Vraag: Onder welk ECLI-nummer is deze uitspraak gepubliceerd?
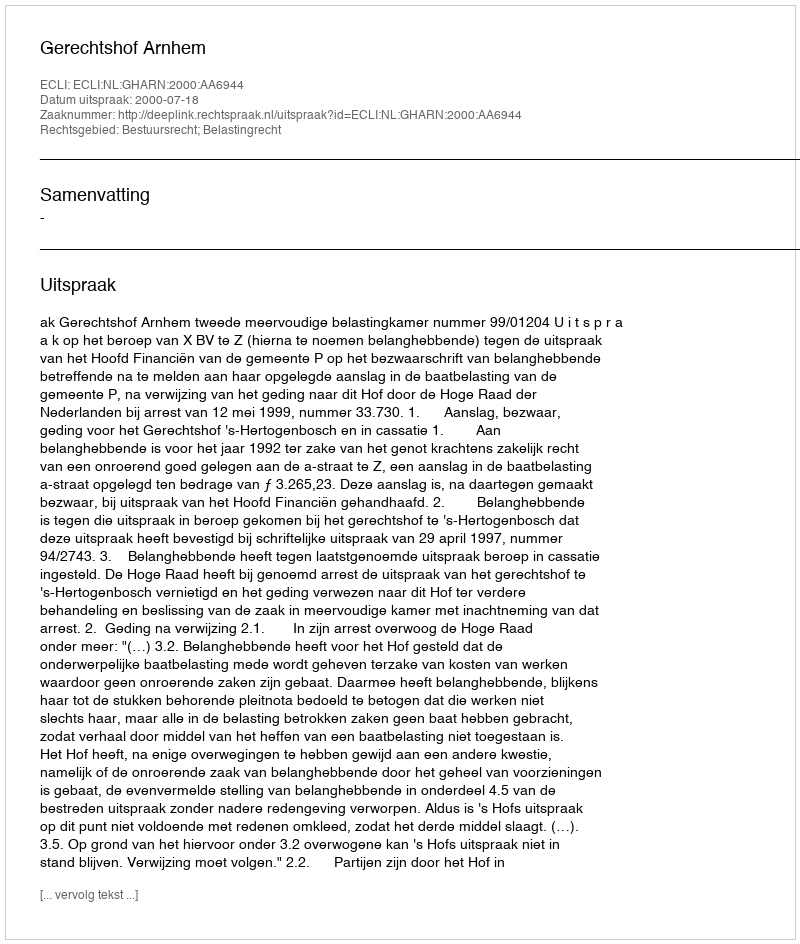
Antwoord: ECLI:NL:GHARN:2000:AA6944